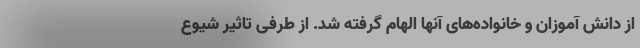
از دانش آموزان و خانواده‌های آنها الهام گرفته شد. از طرفی تاثیر شیوع